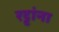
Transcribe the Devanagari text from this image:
रट्टांना